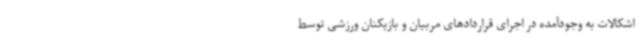
اشکالات به وجودآمده در اجرای قراردادهای مربیان و بازیکنان ورزشی توسط